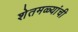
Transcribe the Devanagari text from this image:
शेतमळ्यांची